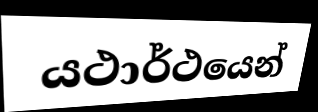
යථාර්ථයෙන්